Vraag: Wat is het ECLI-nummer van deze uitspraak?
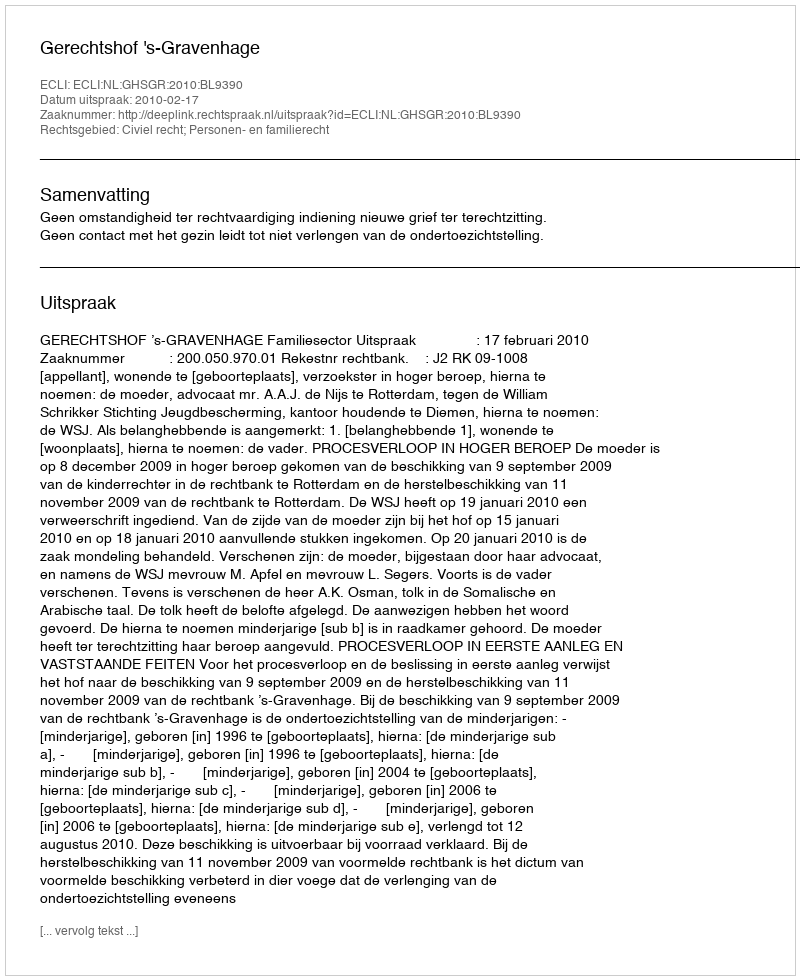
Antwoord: ECLI:NL:GHSGR:2010:BL9390